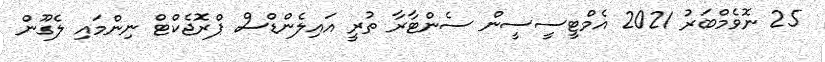
25 ނޮވެމްބަރު 2021 އެމްޓީސީސީން ސެންޓާރާ ތުރީ އައިލެންޑްސް ޕްރޮޖެކްޓް ނިންމައި ލެގޫން